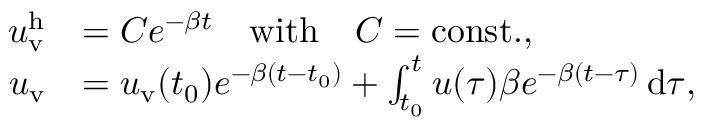
\begin{array} { r l } { u _ { \mathrm { v } } ^ { \mathrm { h } } } & { = C e ^ { - \beta t } \quad \mathrm { w i t h } \quad C = \mathrm { c o n s t . } , } \\ { u _ { \mathrm { v } } } & { = u _ { \mathrm { v } } ( t _ { 0 } ) e ^ { - \beta ( t - t _ { 0 } ) } + \int _ { t _ { 0 } } ^ { t } u ( \tau ) \beta e ^ { - \beta ( t - \tau ) } \, \mathrm { d } \tau , } \end{array}